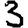
Digit: 3